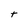
Character: t